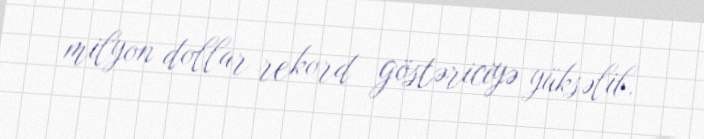
milyon dollar rekord göstəriciyə yüksəlib.